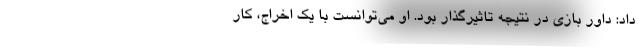
داد: داور بازی در نتیجه تاثیرگذار بود. او می‌توانست با یک اخراج، کار